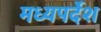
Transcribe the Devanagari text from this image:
मध्यपर्देश